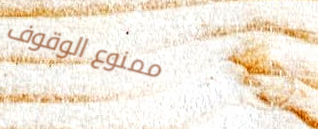
ممنوع الوقوف